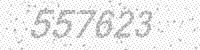
Solution: 557623